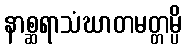
နာစ္ဆရာသံဃာတမတ္တမ္ပိ